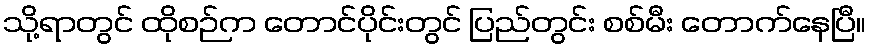
သို့ရာတွင် ထိုစဉ်က တောင်ပိုင်းတွင် ပြည်တွင်း စစ်မီး တောက်နေပြီ။